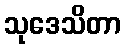
သုဒေသိတာ